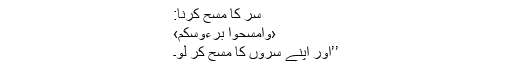
سر کا مسح کرنا:
‹وَامْسَحُوْا بِرُءُوْسِكُمْ›
’’اور اپنے سروں کا مسح کر لو۔